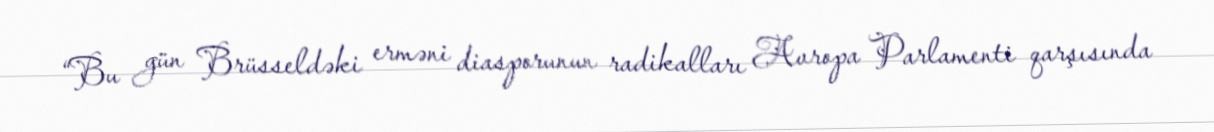
“Bu gün Brüsseldəki erməni diasporunun radikalları Avropa Parlamenti qarşısında